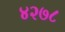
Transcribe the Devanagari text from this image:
४२७८